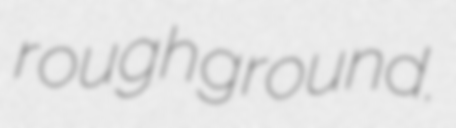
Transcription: rough ground.